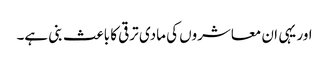
اور یہی ان معاشروں کی مادی ترقی کا باعث بنی ہے۔